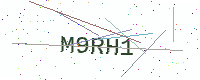
Text: M9RH1